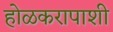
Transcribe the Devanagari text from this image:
होळकरापाशी